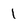
Character: 1